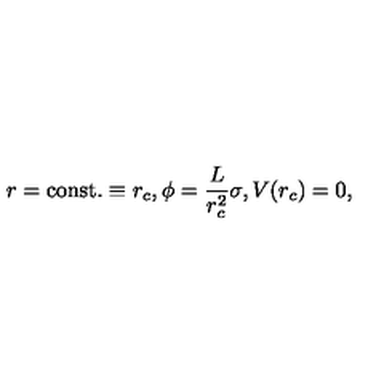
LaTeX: r = \mathrm { c o n s t . } \equiv r _ { c } , \phi = \frac { L } { r _ { c } ^ { 2 } } \sigma , V ( r _ { c } ) = 0 ,